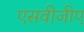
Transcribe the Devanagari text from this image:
एसवीजीए